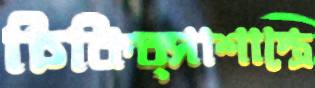
চিকিত্সাশাস্ত্রে